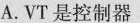
A.VT是控制器